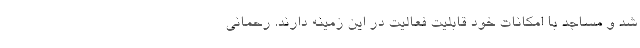
شد و مساجد با امکانات خود قابلیت فعالیت در این زمینه دارند. رحمانی